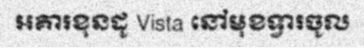
អគារខុនដូ Vista នៅមុខទ្វារចូល